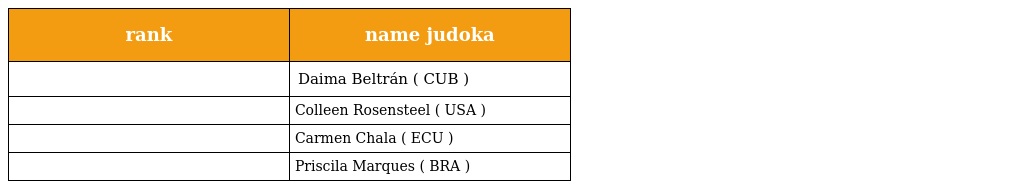
| rank | name judoka |
 | --- | --- |
 |  | Daima Beltrán ( CUB ) |
 |  | Colleen Rosensteel ( USA ) |
 |  | Carmen Chala ( ECU ) |
 |  | Priscila Marques ( BRA ) |